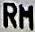
RM